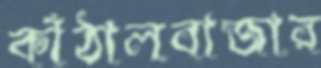
কাঁঠালবাজার